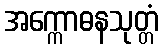
အက္ကောဓနသုတ္တံ